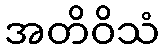
အတိဝိသံ